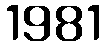
1981